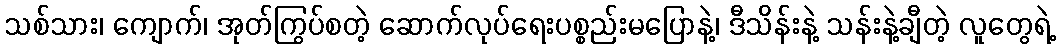
သစ်သား၊ ကျောက်၊ အုတ်ကြွပ်စတဲ့ ဆောက်လုပ်ရေးပစ္စည်းမပြောနဲ့၊ ဒီသိန်းနဲ့ သန်းနဲ့ချီတဲ့ လူတွေရဲ့